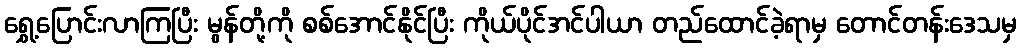
ရွှေ့ပြောင်းလာကြပြီး မွန်တို့ကို စစ်အောင်နိုင်ပြီး ကိုယ်ပိုင်အင်ပါယာ တည်ထောင်ခဲ့ရာမှ တောင်တန်းဒေသမှ